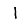
Digit: 1